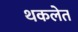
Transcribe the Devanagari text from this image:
थकलेत